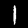
Label: 1